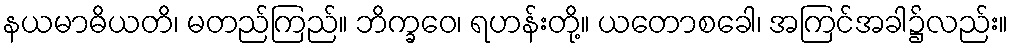
နယမာဓိယတိ၊ မတည်ကြည်။ ဘိက္ခဝေ၊ ရဟန်းတို့။ ယတောစခေါ၊ အကြင်အခါ၌လည်း။